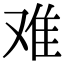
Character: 难